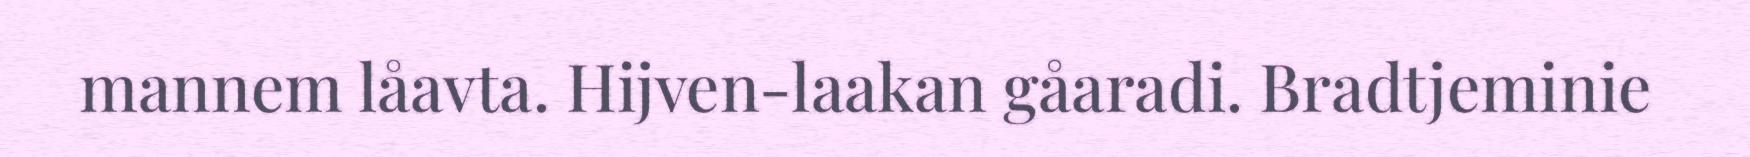
mannem låavta. Hijven-laakan gåaradi. Bradtjeminie